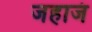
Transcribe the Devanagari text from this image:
जहाजं